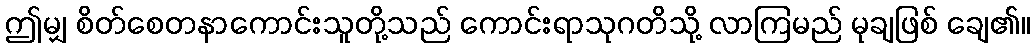
ဤမျှ စိတ်စေတနာကောင်းသူတို့သည် ကောင်းရာသုဂတိသို့ လာကြမည် မုချဖြစ် ချေ၏။